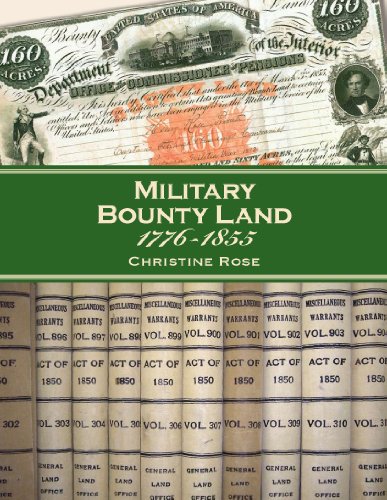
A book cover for Military Bounty Land, 1776-1855; Christine Rose; Reference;